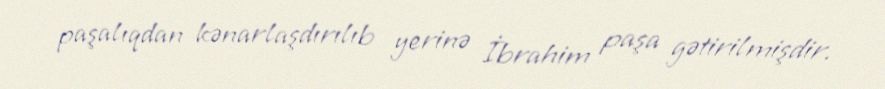
paşalıqdan kənarlaşdırılıb yerinə İbrahim paşa gətirilmişdir.